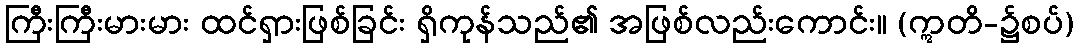
ကြီးကြီးမားမား ထင်ရှားဖြစ်ခြင်း ရှိကုန်သည်၏ အဖြစ်လည်းကောင်း။ (ဣတိ-၌စပ်)